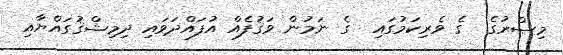
މިޞްރުގެ  ގެ ވެރިކަމުގައި  ގެ ނަމުން ވަޤުފެއް އުފައްދަވައި ދިމިޝްޤުގައްޔާއި